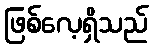
ဖြစ်လေ့ရှိသည်